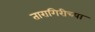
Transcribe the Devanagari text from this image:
तारागिरीच्या